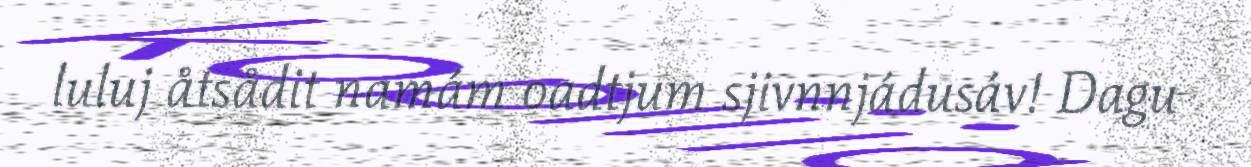
luluj åtsådit namám oadtjum sjivnnjádusáv! Dagu